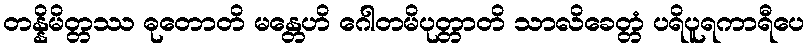
တန္နိမိတ္တဿ ဓုတောတိ မန္တေဟိ ဂေါတမိပုတ္တာတိ သာလိခေတ္တံ ပရိပူရကာရီပေ